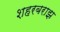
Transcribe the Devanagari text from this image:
शहरबराझ